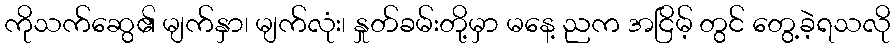
ကိုသက်ဆွေ၏ မျက်နှာ၊ မျက်လုံး၊ နှုတ်ခမ်းတို့မှာ မနေ့ ညက အငြိမ့် တွင် တွေ့ခဲ့ရသလို